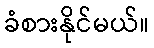
ခံစားနိုင်မယ်။